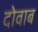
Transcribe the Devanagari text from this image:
दोवाब